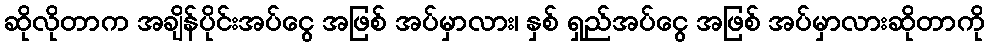
ဆိုလိုတာက အချိန်ပိုင်းအပ်ငွေ အဖြစ် အပ်မှာလား၊ နှစ် ရှည်အပ်ငွေ အဖြစ် အပ်မှာလားဆိုတာကို